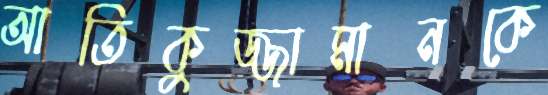
আতিকুজ্জামানকে